Report of the Indian Hemp Drugs Commission, 1894-1895 - Volume V
Year: 1894
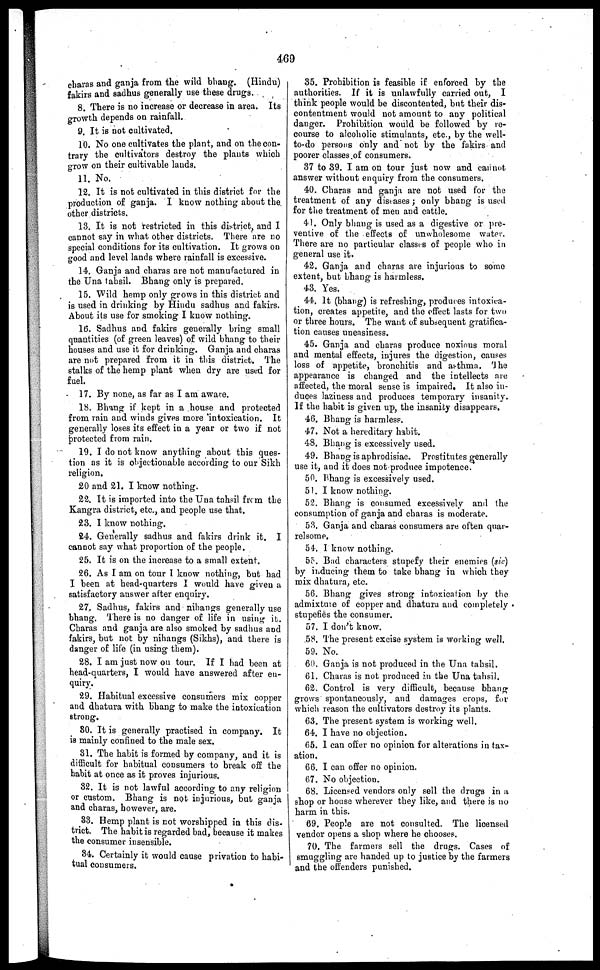
469
charas and ganja from the wild bhang. (Hindu)
fakirs and sadhus generally use these drug3.
8. There is no increase or decrease in area. Its
growth depends on rainfall.
9. It is not cultivated.
10. No one cultivates the plant, and on the con-
trary the cultivators destroy the plants which
grow on their cultivable lands.
11. No.
12. It is not cultivated in this district for the
production of ganja. I know nothing about the
other districts.
13. It is not restricted in this district, and I
cannot say in what other districts. There are no
special conditions for its cultivation. It grows on
good and level lands where rainfall is excessive.
14. Ganja and charas are not manufactured in
the Una tahsil. Bhang only is prepared.
15. Wild hemp only grows in this district and
is used in drinking by Hindu sadhus and fakirs.
About its use for smoking I know nothing.
16. Sadhus and fakirs generally bring small
quantities (of green leaves) of wild bhang to their
houses and use it for drinking. Ganja and charas
are not prepared from it in this district. The
stalks of the hemp plant when dry are used for
fuel.
17. By none, as far as I am aware.
18. Bhang if kept in a house and protected
from vain and winds gives more intoxication. It
generally loses its effect in a year or two if not
protected from rain.
19. I do not know anything about this ques-
tion as it is objectionable according to our Sikh
religion.
20 and 21. I know nothing.
22. It is imported into the Una tahsil from the
Kangra district, etc., and people use that.
23. 1 know nothing.
24. Generally sadhus and fakirs drink it. I
cannot say what proportion of the people.
25. It is on the increase to a small extent.
26. As I am on tour I know nothing, but had
I been at head-quarters I would have given a
satisfactory answer after enquiry.
27. Sadhus, fakirs and nihangs generally use
bhang. There is no danger of life in using it.
Charas and ganja are also smoked by sadhus and
fakirs, but not by nihangs (Sikhs), and there is
danger of life (in using them).
28. I am just now on tour. If I had been at
head-quarters, I would have answered after en-
quiry.
29. Habitual excessive consumers mix copper
and dhatura with bhang to make the intoxication
strong.
80. It is generally practised in company. It
is mainly confined to the male sex.
81. The habit is formed by company, and it is
difficult for habitual consumers to break off the
habit at once as it proves injurious.
82. It is not lawful according to any religion
or custom. Bhang is not injurious, but ganja
and charas, however, are.
33. Hemp plant is not worshipped in this dis-
trict. The habit is regarded bad, because it makes
the consumer insensible.
84. Certainly it would cause privation to habi-
tual consumers.
35. Prohibition is feasible if enforced by the
authorities. If it is unlawfully carried out, I
think people would be discontented, but their dis-
contentment would not amount to any political
danger. Prohibition would be followed by re-
course to alcoholic stimulants, etc., by the well-
to-do persons only and not by the fakirs and
poorer classes of consumers.
37 to 39. I am on tour just now and cannot
answer without enquiry from the consumers.
40. Charas and ganja are not used for the
treatment of any diseases; only bhang is used
for the treatment of men and cattle.
41. Only bhang is used as a digestive or pre-
ventive of the effects of unwholesome water.
There are no particular classes of people who in
general use it.
42. Ganja and charas are injurious to some
extent, but bhang is harmless.
43. Yes.
44. It (bhang) is refreshing, produces intoxica-
tion, creates appetite, and the effect lasts for two
or three hours. The want of subsequent gratifica-
tion causes uneasiness.
45. Ganja and charas produce noxious moral
and mental effects, injures the digestion, causes
loss of appetite, bronchitis and asthma. The
appearance is changed and the intellects are
affected, the moral sense is impaired. It also in-
duces laziness and produces temporary insanity.
If the habit is given up, the insanity disappears,
46. Bhang is harmless.
47. Not a hereditary habit.
48. Bhang is excessively used.
49. Bhang is aphrodisiac. Prostitutes generally
use it, and it does not produce impotence.
50. Bhang is excessively used.
51. I know nothing.
52. Bhang is consumed excessively and the
consumption of ganja and charas is moderate.
53. Ganja and charas consumers are often quar-
relsome.
54. I know nothing.
55. Bad characters stupefy their enemies (sic)
by inducing them to take bhang in which they
mix dhatura, etc.
56. Bhang gives strong intoxication by the
admixture of copper and dhatura and completely
stupefies the consumer.
57. I don't know.
58. The present excise system is working well.
59. No.
60. Ganja is not produced in the Una tahsil.
61. Charas is not produced in the Una tahsil.
62. Control is very difficult, because bhang
grows spontaneously, and damages crops, for
which reason the cultivators destroy its plants.
63. The present system is working well.
64. I have no objection.
65. 1 can offer no opinion for alterations in tax-
ation.
66. I can offer no opinion.
67. No objection.
68. Licensed vendors only sell the drugs in a
shop or house wherever they like, and there is no
harm in this.
69. People are not consulted. The licensed
vendor opens a shop where he chooses.
70. The farmers sell the drugs. Cases of
smuggling are handed up to justice by the farmers
and the offenders punished.